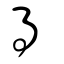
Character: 㝵